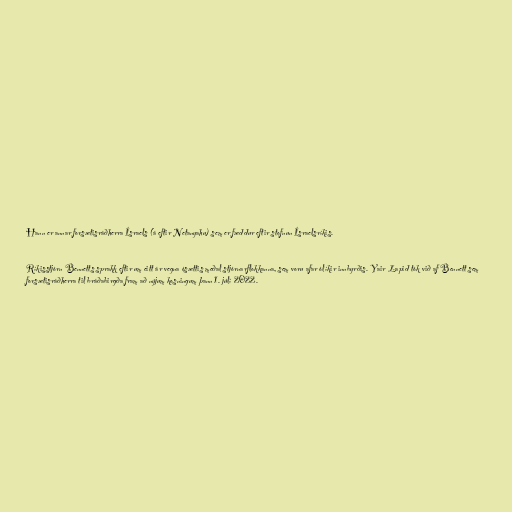
Hann er annar forsætisráðherra Ísraels (á eftir Netanyahu) sem er fæddur eftir stofnun Ísraelsríkis.

Ríkisstjórn Bennetts sprakk eftir um eitt ár vegna ósættis meðal stjórnarflokkanna, sem voru afar ólíkir innbyrðis. Yair Lapid tók við af Bennett sem
forsætisráðherra til bráðabirgða fram að nýjum kosningum þann 1. júlí 2022.